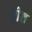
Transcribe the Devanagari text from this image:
रीश